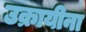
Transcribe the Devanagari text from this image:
उक्रायीना